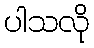
ပါသလို